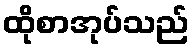
ထိုစာအုပ်သည်